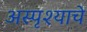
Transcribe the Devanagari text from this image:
अस्पृश्‍याचे